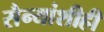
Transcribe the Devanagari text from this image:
सैन्यांशीही